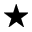
\bigstar